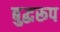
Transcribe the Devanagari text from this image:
बुद्धरूप